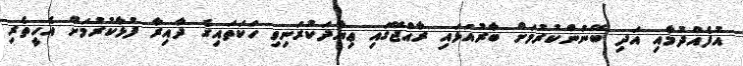
އުފެއްދުމާއި އަދި ބޭނުންކުރުމަށް ބާރުއަޅައި ރާއްޖޭގައި ޢިޔާދަކުރަނިވި ހަކަތައިގެ ދާއިރާ ފުޅާކުރުމަށް އެހީތެރި